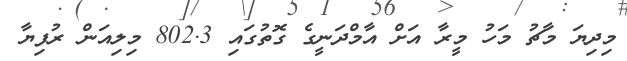
މިދިޔަ މާޗު މަހު މީރާ އަށް އާމްދަނީގެ ގޮތުގައި 802.3 މިލިއަން ރުފިޔާ